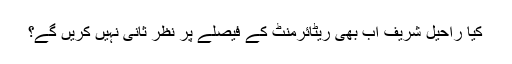
کیا راحیل شریف اب بھی ریٹائرمنٹ کے فیصلے پر نظرِ ثانی نہیں کریں گے؟